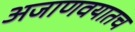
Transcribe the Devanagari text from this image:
अजाणवयातच